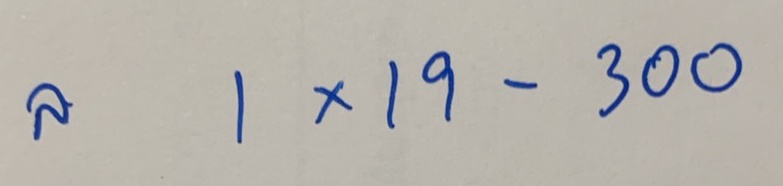
ล่าง   1 x 19 - 300